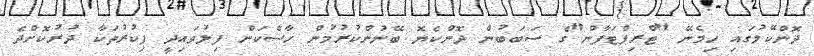
ދޮންކޭލުގައި ހިމެނޭ "ޓްރިޕްޓަފާން"ގެ ސަބަބުން ދޮންކެޔޮ ބޭނުންކުރުމުން ހާސްކަން ފިލުވައިދީ ފިކުރުތަކާ ދުރުކޮށްދެ